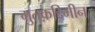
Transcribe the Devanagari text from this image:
मुतक़द्दिमीन